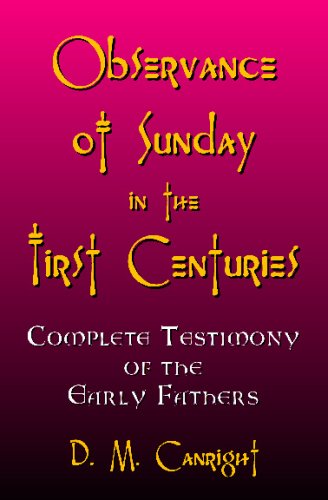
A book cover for Observance Of Sunday In The First Centuries: The Complete Testimony Of The Early Fathers; D. M. Canright; Christian Books & Bibles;